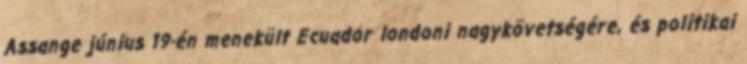
Assange június 19-én menekült Ecuador londoni nagykövetségére, és politikai